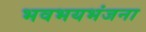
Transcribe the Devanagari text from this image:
भवभयभंजना